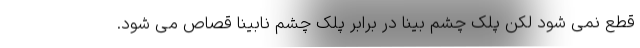
قطع نمی شود لکن پلک چشم بینا در برابر پلک چشم نابینا قصاص می شود.